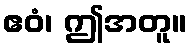
ဧဝံ၊ ဤအတူ။